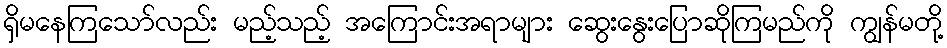
ရှိမနေကြသော်လည်း မည့်သည့် အကြောင်းအရာများ ဆွေးနွေးပြောဆိုကြမည်ကို ကျွန်မတို့